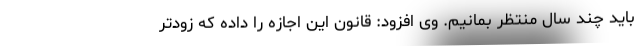
باید چند سال منتظر بمانیم. وی افزود: قانون این اجازه را داده که زودتر